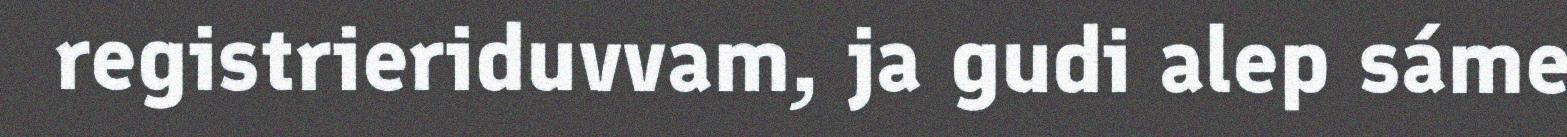
registrieriduvvam, ja gudi alep sáme